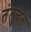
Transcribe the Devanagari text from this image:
तंतुवत